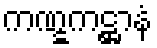
ကဏ္ဋကဋ္ဌာနံ